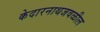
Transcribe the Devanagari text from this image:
केदारनाथजवळील